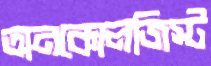
অনকোলজিস্ট